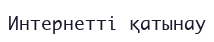
Интернетті қатынау